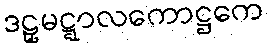
ဒဠှမဋ္ဋာလကောဋ္ဌကေ